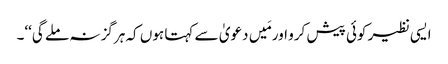
ایسی نظیر کوئی پیش کرو اور مَیں دعویٰ سے کہتا ہوں کہ ہرگز نہ ملے گی‘‘۔